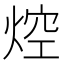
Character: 焢